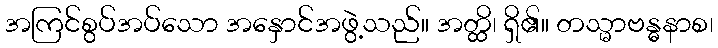
အကြင်စွပ်အပ်သော အနှောင်အဖွဲ့သည်။ အတ္ထိ၊ ရှိ၏။ တသ္မာဗန္ဓနာစ၊